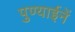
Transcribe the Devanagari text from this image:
पुण्याईनें